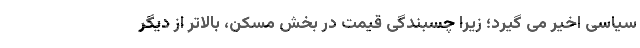
سیاسی اخیر می گیرد؛ زیرا چسبندگی قیمت در بخش مسکن، بالاتر از دیگر